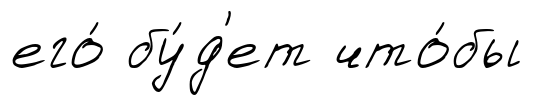
его́ бу́д'ет что́бы